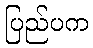
ပြည်ပက